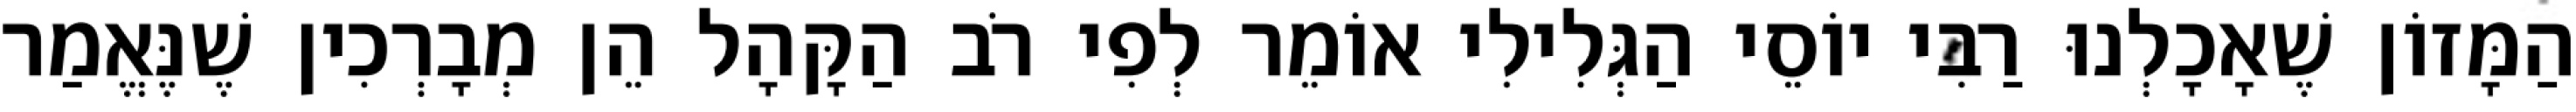
הַמָּזוֹן שֶׁאָכָלְנוּ רַבִּי יוֹסֵי הַגְּלִילִי אוֹמֵר לְפִי רֹב הַקָּהָל הֵן מְבָרְכִין שֶׁנֶּאֱמַר